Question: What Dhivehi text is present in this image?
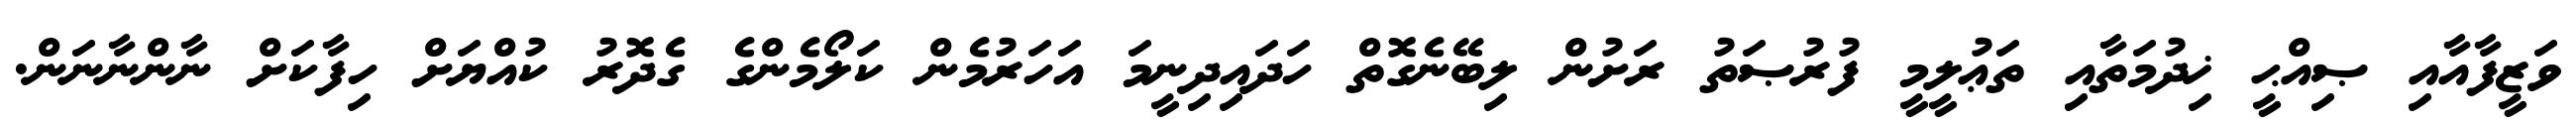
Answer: ވަޒީފާއާއި ޞިއްޙީ ޚިދުމަތާއި ތަޢުލީމީ ފުރުޞަތު ރަށުން ލިބޭނެގޮތް ހަދައިދިނީމަ އަހަރުމެން ކަލޯމެންގެ ގެދޮރު ކުއްޔަށް ހިފާކަށް ނާންނާނަން.